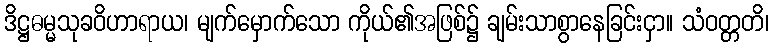
ဒိဋ္ဌဓမ္မသုခဝိဟာရာယ၊ မျက်မှောက်သော ကိုယ်၏အဖြစ်၌ ချမ်းသာစွာနေခြင်းငှာ။ သံဝတ္တတိ၊